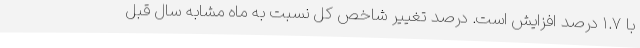
با ١.٧ درصد افزایش است. درصد تغییر شاخص کل نسبت به ماه مشابه سال قبل